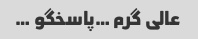
عالی گرم …پاسخگو …